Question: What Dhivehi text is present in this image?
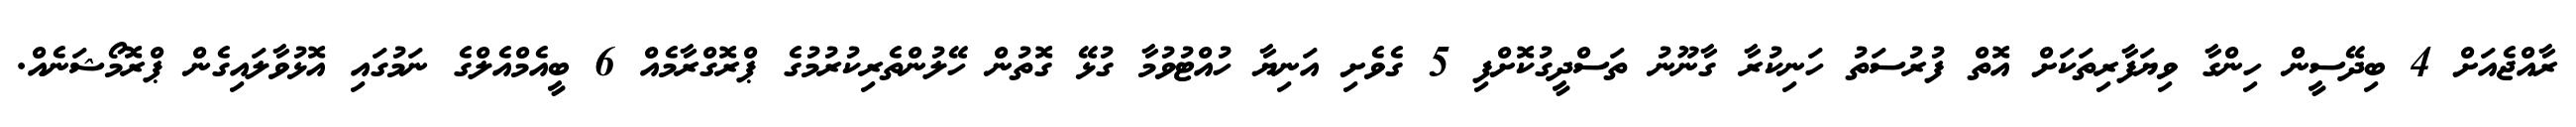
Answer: ރާއްޖެއަށް 4 ބިދޭސީން ހިންގާ ވިޔަފާރިތަކަށް އޮތް ފުރުސަތު ހަނިކުރާ ގާނޫނު ތަސްދީގުކޮށްފި 5 ގެވެށި އަނިޔާ ހުއްޓުވުމާ ގުޅޭ ގޮތުން ހޭލުންތެރިކުރުމުގެ ޕްރޮގްރާމެއް 6 ބީއެމްއެލްގެ ނަމުގައި އޮޅުވާލައިގެން ޕްރޮމޯޝަނެއް.